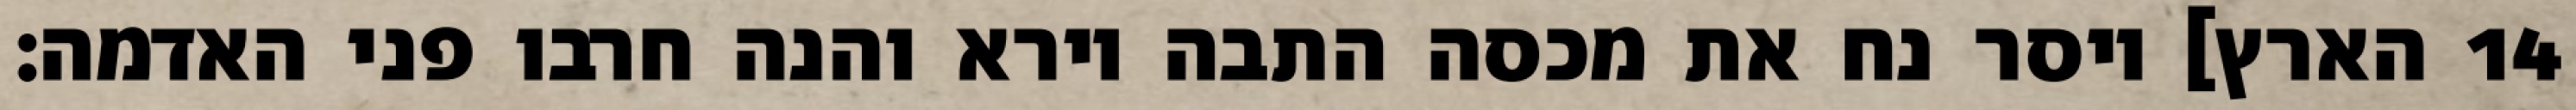
הארץ] ויסר נח את מכסה התבה וירא והנה חרבו פני האדמה׃ ‎14‏